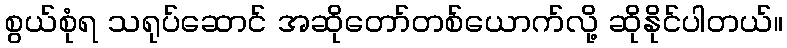
စွယ်စုံရ သရုပ်ဆောင် အဆိုတော်တစ်ယောက်လို့ ဆိုနိုင်ပါတယ်။